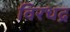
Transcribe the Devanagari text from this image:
विरधद्र